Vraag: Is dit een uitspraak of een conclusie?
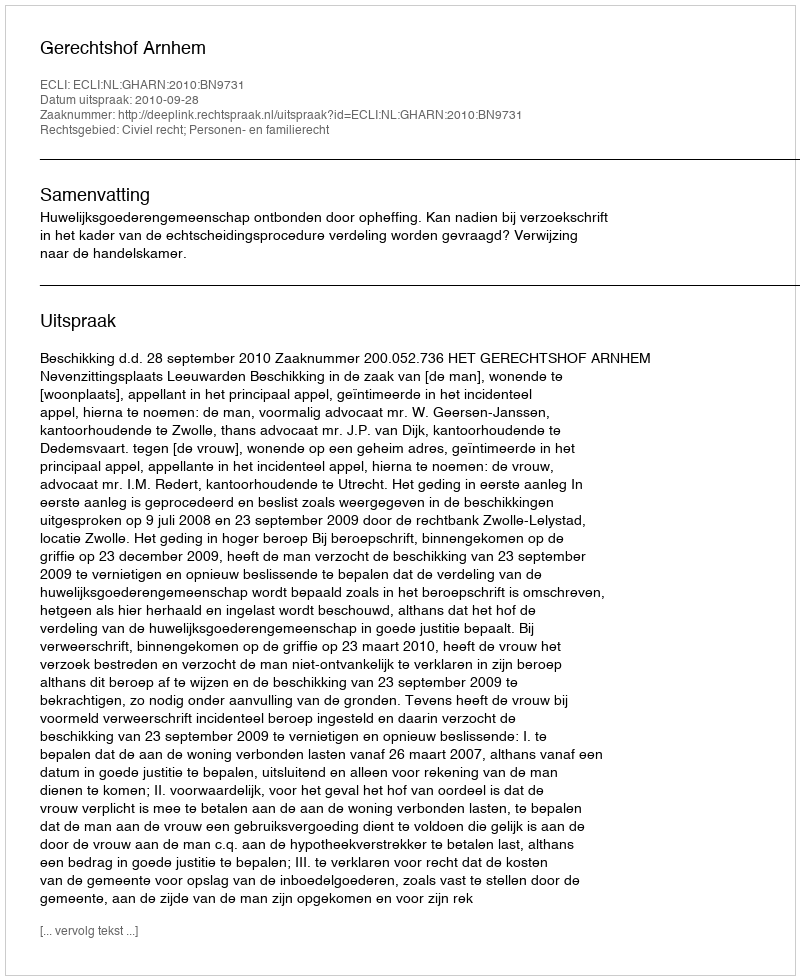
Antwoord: Uitspraak